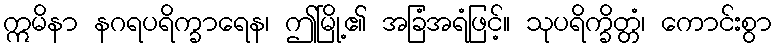
ဣမိနာ နဂရပရိက္ခာရေန၊ ဤမြို့၏ အခြံအရံဖြင့်။ သုပရိက္ခိတ္တံ၊ ကောင်းစွာ